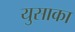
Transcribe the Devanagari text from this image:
युसाका